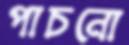
পাচনো